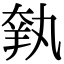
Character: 𦎃